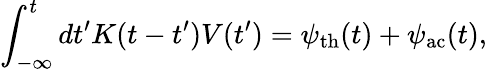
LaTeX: \int_{-\infty}^{t}dt^{\prime}K(t-t^{\prime})V(t^{\prime})=\psi_{\mathrm{th}}(t)+\psi_{\mathrm{ac}}(t),